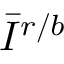
\Bar { I } ^ { r / b }